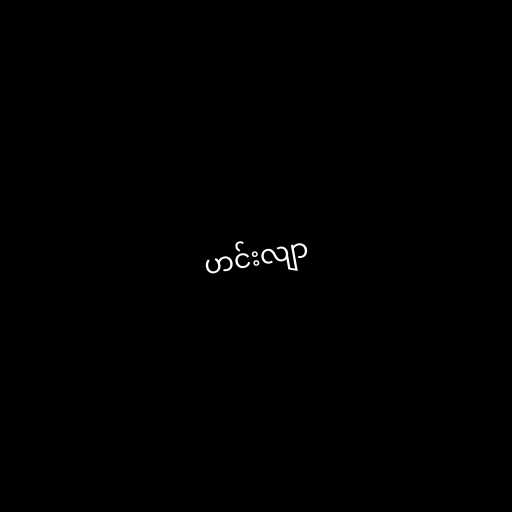
ဟင်းလျာ